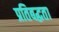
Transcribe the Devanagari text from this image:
प्रतिबद्घता